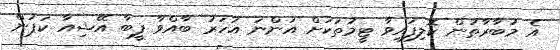
އެ މުބާރާތުން ކޮލިފައިވާ ޓީމުތަކަށް އަންނަ އަހަރު ބާއްވާ ފީބާ އޭޝިއާ ކަޕުން